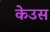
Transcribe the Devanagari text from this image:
केउस